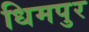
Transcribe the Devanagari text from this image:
धिमपुर